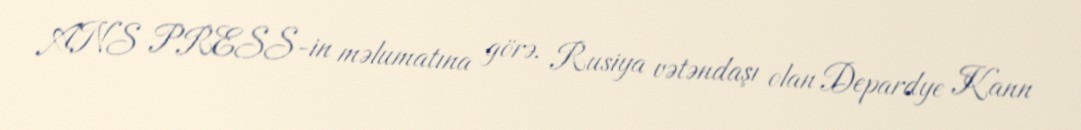
ANS PRESS-in məlumatına görə, Rusiya vətəndaşı olan Depardye Kann